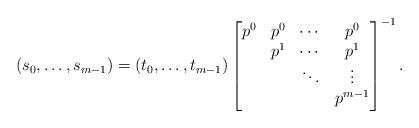
LaTeX: \begin{align*}(s_0,\dots,s_{m-1})=(t_0,\dots,t_{m-1})\left[\begin{matrix}p^0&p^0&\cdots&p^0\cr &p^1&\cdots&p^1\cr &&\ddots&\vdots\cr &&&p^{m-1}\end{matrix}\right]^{-1}.\end{align*}